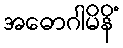
အဓောဂါမိနိံ